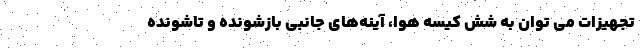
تجهیزات می توان به شش کیسه هوا، آینه‌های جانبی بازشونده و تاشونده